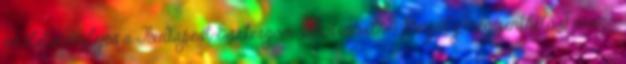
és életveszélyes a Budapest-Esztergom vasútvonal A Dagály megmenthető Faragó